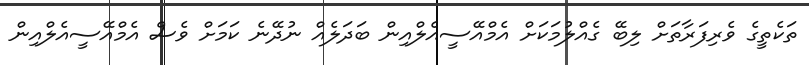
ތަކެތީގެ ވެރިފަރާތަށް ލިބޭ ގެއްލުމަކަށް އެމްއޭސީއެލްއިން ބަދަލެއް ނުދޭނެ ކަމަށް ވެސް އެމްއޭސީއެލްއިން